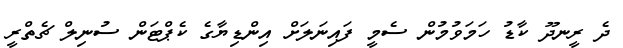
ދެ ރީނދޫ ކާޑު ހަމަވުމުން ސެމީ ފައިނަލަށް އިންޑިޔާގެ ކެޕްޓަން ސުނިލް ޗެތްރީ